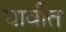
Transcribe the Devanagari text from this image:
घावीत